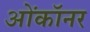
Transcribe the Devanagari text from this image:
ओंकॉनर